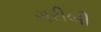
ગરીબી